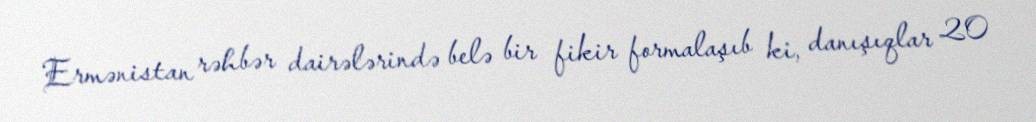
Ermənistan rəhbər dairələrində belə bir fikir formalaşıb ki, danışıqlar 20